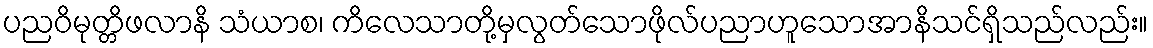
ပညဝိမုတ္တိဖလာနိ သံယာစ၊ ကိလေသာတို့မှလွတ်သောဖိုလ်ပညာဟူသောအာနိသင်ရှိသည်လည်း။